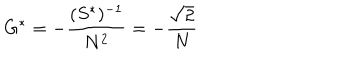
G ^ { * } = - { \frac { ( S ^ { * } ) ^ { - 1 } } { N ^ { 2 } } } = - { \frac { \sqrt 2 } { N } }